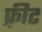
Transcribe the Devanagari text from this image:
फ़्रीट